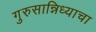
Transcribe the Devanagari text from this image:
गुरुसान्निध्याचा